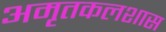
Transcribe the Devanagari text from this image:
अमृतकलशास